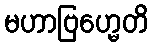
မဟာဗြဟ္မေတိ